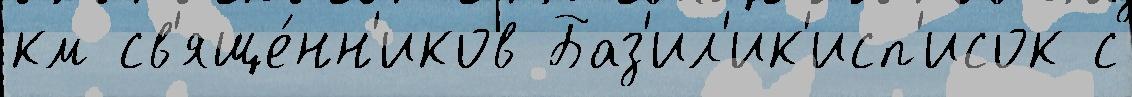
км св'яще́нн'иков Баз'ил'ик'исп'исок с